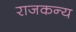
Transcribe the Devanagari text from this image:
राजकन्य